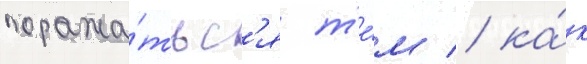
поража́тьс'я т'е́м / ка́к